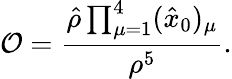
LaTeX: {\cal O}={\frac{\hat{\rho}\prod_{\mu=1}^{4}(\hat{x}_{0})_{\mu}}{\rho^{5}}}.